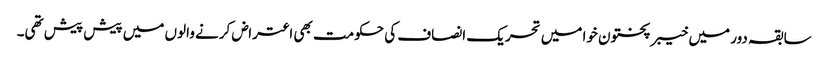
سابقہ دور میں خیبر پختون خوا میں تحریک انصاف کی حکومت بھی اعتراض کرنے والوں میں پیش پیش تھی۔